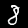
Digit: 8